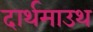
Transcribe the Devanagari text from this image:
दार्थमाउथ